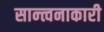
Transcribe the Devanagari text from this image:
सान्त्वनाकारी